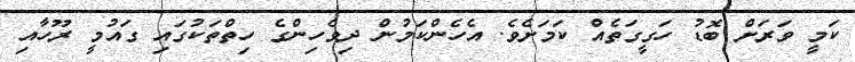
ކަމީ ވަރަށް ބޮޑު ހަގީގަތެއް ކަމަށެވެ. އެހެންކަމުން ދިވެހިންގެ ހިތްތަކުގައި ގައުމީ ރޫހާއި